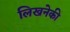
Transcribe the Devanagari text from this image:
लिखनेकी